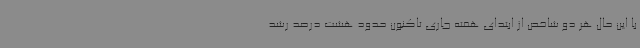
با این حال هر دو شاخص از ابتدای هفته جاری تاکنون حدود هشت درصد رشد